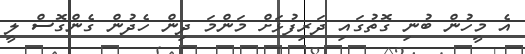
އެ މީހުން ބުނި ގޮތުގައި ދަރިފުޅަށް މަންމަ ދިން ހެދުން ގެންގޮސް ލީ